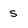
Character: s